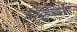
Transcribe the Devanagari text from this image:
रिव्हियेरा